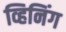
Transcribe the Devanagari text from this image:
व्हिनिंग